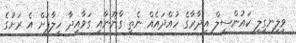
ވިލިނގިލީ ކައުންސިލް އިދާރާގެ ހުއްދައެއް ނެތި ގާނޫނާއި ގަވާއިދާ ހިލާފަށް އެ ރަށުގެ